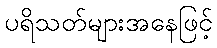
ပရိသတ်များအနေဖြင့်